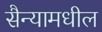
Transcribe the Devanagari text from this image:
सैन्यामधील